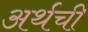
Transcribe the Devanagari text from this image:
अर्थची